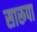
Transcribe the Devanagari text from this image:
सारूपा